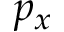
p _ { x }